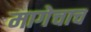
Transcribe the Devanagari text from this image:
मागेचाच